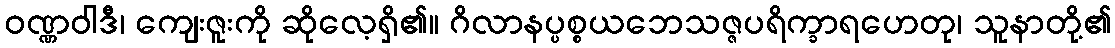
ဝဏ္ဏဝါဒီ၊ ကျေးဇူးကို ဆိုလေ့ရှိ၏။ ဂိလာနပ္ပစ္စယဘေသဇ္ဇပရိက္ခာရဟေတု၊ သူနာတို့၏